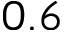
0 . 6